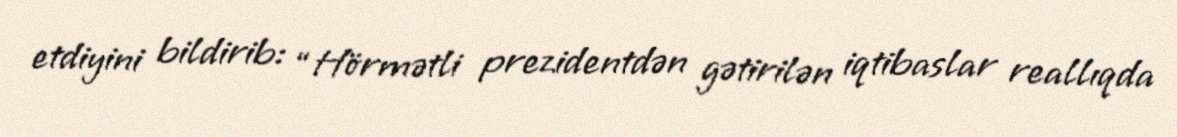
etdiyini bildirib: “Hörmətli prezidentdən gətirilən iqtibaslar reallıqda